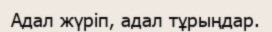
Адал жүріп, адал тұрыңдар.